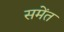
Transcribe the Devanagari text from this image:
समेंत